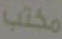
مكتب